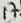
Text: 17